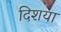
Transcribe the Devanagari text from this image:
दिशया